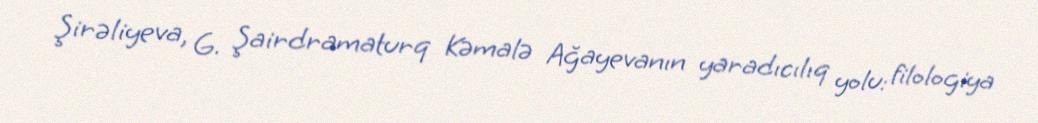
Şirəliyeva, G. Şairdramaturq Kəmalə Ağayevanın yaradıcılıq yolu: filologiya